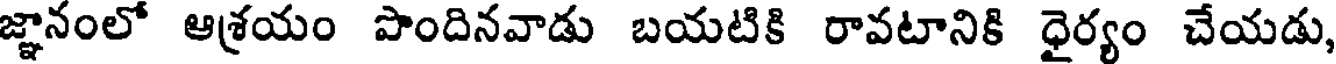
జ్ఞానంలో ఆశ్రయం పొందినవాడు బయటికి రావటానికి ధైర్యం చేయడు,